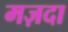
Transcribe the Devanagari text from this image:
मज़दा